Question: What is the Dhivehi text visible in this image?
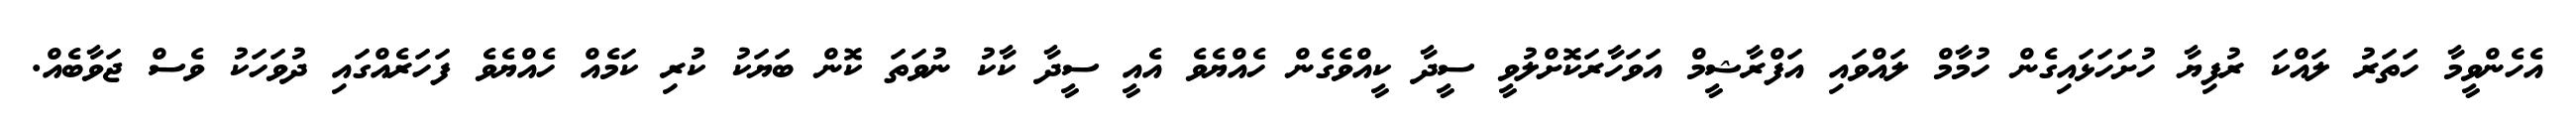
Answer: އެހެންވީމާ ހަތަރު ލައްކަ ރުފިޔާ ހުށަހަޅައިގެން ހުމާމް ލައްވައި އަފްރާޝީމް އަވަހާރަކޮށްލުވީ ސީދާ ކީއްވެގެން ހެއްޔެވެ އެއީ ސީދާ ކާކު ނުވަތަ ކޮން ބަޔަކު ކުރި ކަމެއް ހެއްޔެވެ ފަހަރެއްގައި ދުވަހަކު ވެސް ޖަވާބެއް.